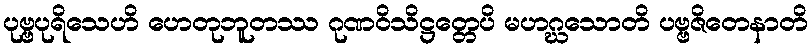
ပုဗ္ဗပုရိသေဟိ ဟေတုဘူတဿ ဂုဏဝိသိဋ္ဌတ္တေပိ မဟဂ္ဃသောတိ ပဗ္ဗဇိတေနာတိ